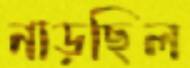
নাড়ছিল